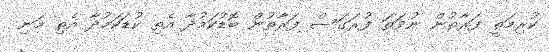
ކުރިމަތީ ފަރާތުން ނުވަތަ ފުރަގަސް ފަރާތުން ބޮޑުކަމުދާ އެތި ކުޑަކަމުދާ އެތި މަނި